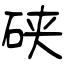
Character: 硖